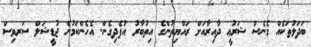
ބަދަލުތަކެއް ގެނެސް ޝަރުޢީ ދާއިރާއަށް ރައްޔިތުންގެ އިތުބާރު އުފެދިގެން. އެހެންކަމުން ޖުޑީޝަލް ސަރވިސް